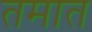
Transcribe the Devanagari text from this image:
तमात